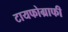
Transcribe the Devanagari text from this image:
टायफोग्राफी